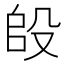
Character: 𭮫